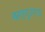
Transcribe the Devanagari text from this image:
बहा्दुरगड